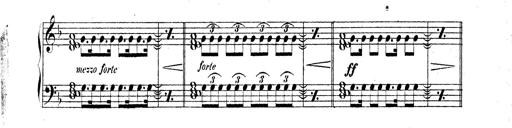
Title: Technische Studien
Composer: Franz Liszt